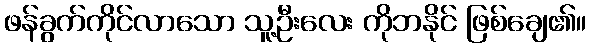
ဖန်ခွက်ကိုင်လာသော သူ့ဦးလေး ကိုဘနိုင် ဖြစ်ချေ၏။